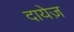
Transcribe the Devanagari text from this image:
दायेज़